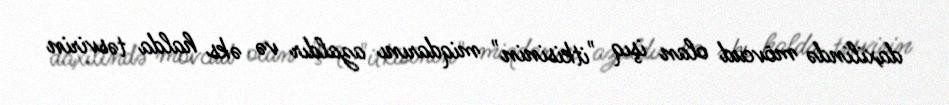
daxilində mövcud olan işıq "itkisinin" miqdarını azaldır və əks halda təsvirin